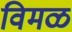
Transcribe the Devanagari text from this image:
विमळ